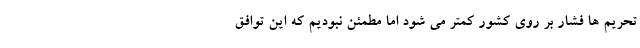
تحریم ها فشار بر روی کشور کمتر می شود اما مطمئن نبودیم که این توافق